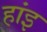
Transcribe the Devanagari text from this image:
हांइ